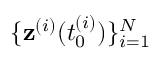
\{ \mathbf { z } ^ { ( i ) } ( t _ { 0 } ^ { ( i ) } ) \} _ { i = 1 } ^ { N }